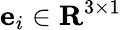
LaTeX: \mathbf{e}_{i}\in\mathbf{R}^{3\times 1}